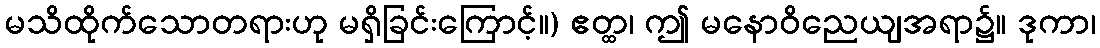
မသိထိုက်သောတရားဟု မရှိခြင်းကြောင့်။) ဧတ္ထ၊ ဤ မနောဝိညေယျအရာ၌။ ဒုကာ၊